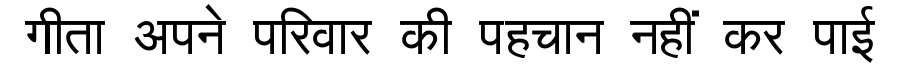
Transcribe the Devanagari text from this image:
गीता अपने परिवार की पहचान नहीं कर पाई